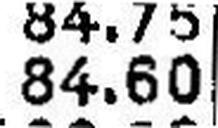
84.60